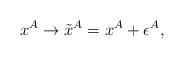
LaTeX: \begin{align*}x^{A} \rightarrow \tilde{x}^{A} = x^{A} + \epsilon^{A}, \end{align*}